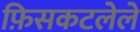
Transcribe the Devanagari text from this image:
फ़िसकटलेले